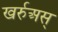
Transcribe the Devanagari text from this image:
खर्रुअस्